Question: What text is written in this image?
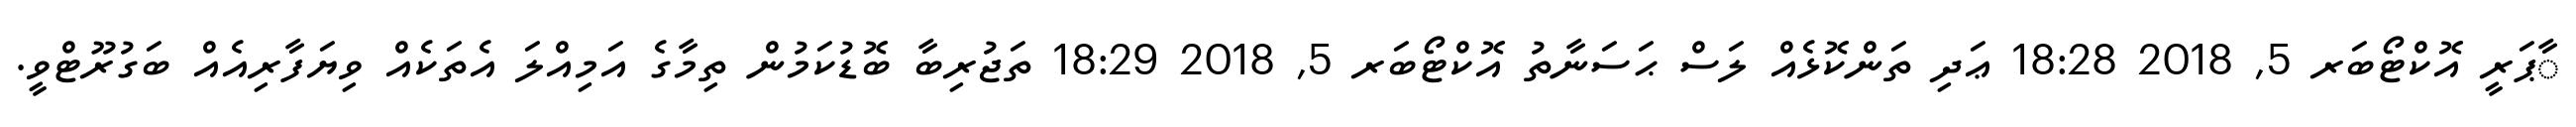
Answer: ާޕަރީ އޮކްޓޯބަރ 5, 2018 18:28 ޢަދި ތަންކޮޅެއް ލަސް ޙަސަނާތު އޮކްޓޯބަރ 5, 2018 18:29 ތަޖުރިބާ ބޮޑުކަމުން ތިމާގެ އަމިއްލަ އެތަކެއް ވިޔަފާރިއެއް ބަގުރޫޓްވީ.